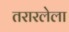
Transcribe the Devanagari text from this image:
तरारलेला